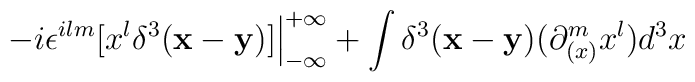
- i \epsilon ^{ilm} [x^l \delta ^3 ({\bf x-y})]{\Big \vert} _{-\infty} ^{+\infty}+ \int \delta ^3 ({\bf x-y}) (\partial _{(x)} ^m x^l ) d^3 x